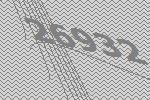
26932